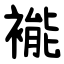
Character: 褦